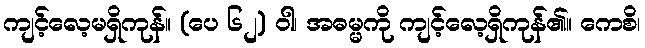
ကျင့်လေ့မရှိကုန်။ (ပေ ၆၂) ဝါ၊ အဓမ္မကို ကျင့်လေ့ရှိကုန်၏။ ကေစိ၊